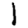
Digit: 1